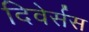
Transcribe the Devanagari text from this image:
दिवेर्सस